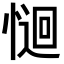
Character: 𭝽